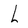
Character: L